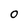
Character: o